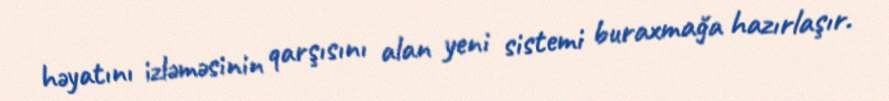
həyatını izləməsinin qarşısını alan yeni sistemi buraxmağa hazırlaşır.